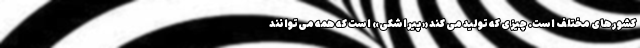
کشورهای مختلف است. چیزی که تولید می کند «پیراشکی» است که همه می‌توانند